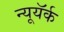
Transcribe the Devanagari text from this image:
न्यूयॅर्क